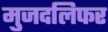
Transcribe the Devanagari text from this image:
मुजदलिफर